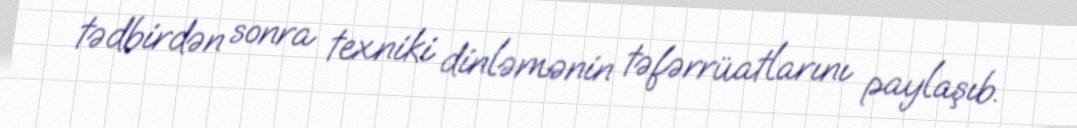
tədbirdən sonra texniki dinləmənin təfərrüatlarını paylaşıb.